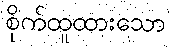
စိုက်ထူထားသော